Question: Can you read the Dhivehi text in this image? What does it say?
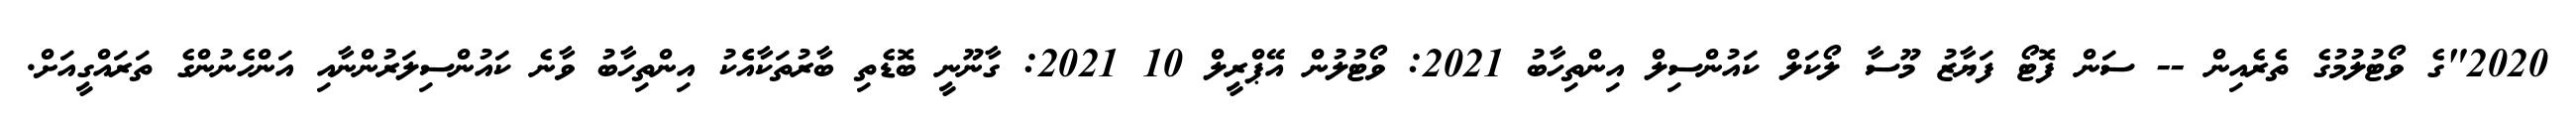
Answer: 2020"ގެ ވޯޓުލުމުގެ ތެރެއިން -- ސަން ފޮޓޯ ފަޔާޒު މޫސާ ލޯކަލް ކައުންސިލް އިންތިހާބު 2021: ވޯޓުލުން އޭޕްރީލް 10 2021: ގާނޫނީ ބޮޑެތި ބާރުތަކާއެެކު އިންތިހާބު ވާނެ ކައުންސިލަރުންނާއި އަންހެނުންގެ ތަރައްގީއަށް.